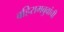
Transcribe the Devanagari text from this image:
बहिरामबुवांची